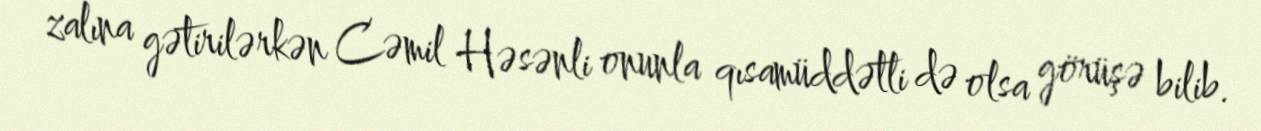
zalına gətirilərkən Cəmil Həsənli onunla qısamüddətli də olsa görüşə bilib.